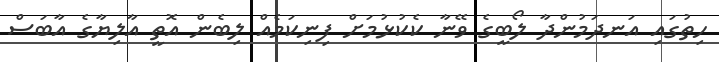
ހިތުގައި އަނދަމުންދާ ލޯބީގެ ވޭނާ ކެކުޅުމަށް ފިނިކަމެއް ލިބެން އޮތީ އާލިޔާގެ އާބަސް